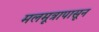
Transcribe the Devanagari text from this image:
मलमूत्रापासून